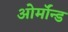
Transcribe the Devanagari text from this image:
ओर्मॉन्ड